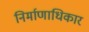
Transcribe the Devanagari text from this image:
निर्माणाधिकार